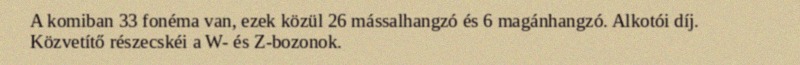
A komiban 33 fonéma van, ezek közül 26 mássalhangzó és 6 magánhangzó. Alkotói díj. Közvetítő részecskéi a W- és Z-bozonok.